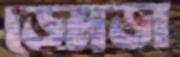
ডেমড়া